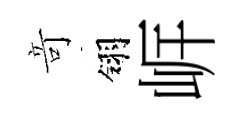
竒翎㟁